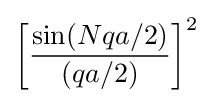
\left[{\frac {\sin(Nqa/2)}{(qa/2)}}\right]^{2}